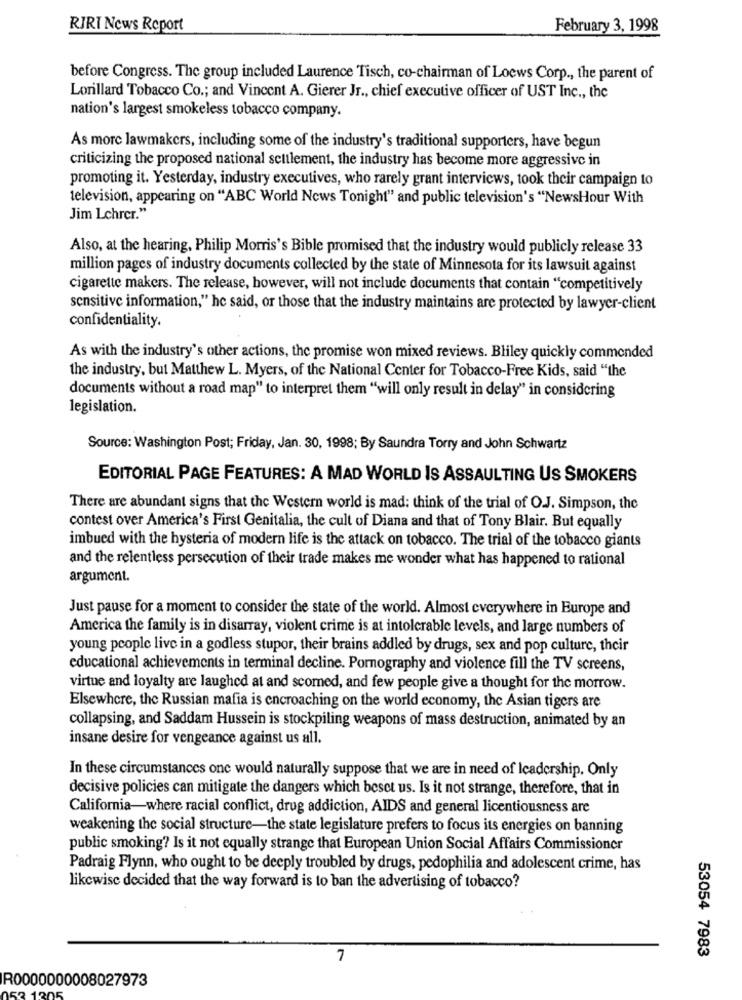
RIRI News Report
February 3, 1998
before Congress. The group included Laurence Tisch, co-chairman of Loews Corp ., the parent of
Lorillard Tobacco Co .; and Vincent A. Gierer Jr ., chief executive officer of UST Inc ., the
nation's largest smokeless tobacco company.
As more lawmakers, including some of the industry's traditional supporters, have begun
criticizing the proposed national settlement, the industry has become more aggressive in
promoting it. Yesterday, industry executives, who rarely grant interviews, took their campaign to
television, appearing on "ABC World News Tonight" and public television's "NewsHour With
Jim Lehrer."
Also, at the hearing, Philip Morris's Bible promised that the industry would publicly release 33
million pages of industry documents collected by the state of Minnesota for its lawsuit against
cigarette makers. The release, however, will not include documents that contain "competitively
sensitive information," he said, or those that the industry maintains are protected by lawyer-client
confidentiality.
As with the industry's other actions, the promise won mixed reviews. Bliley quickly commended
the industry, but Matthew L. Myers, of the National Center for Tobacco-Free Kids, said ""the
documents without a road map" to interpret them "will only result in delay" in considering
legislation.
Source: Washington Post; Friday, Jan. 30, 1998; By Saundra Torry and John Schwartz
EDITORIAL PAGE FEATURES: A MAD WORLD IS ASSAULTING US SMOKERS
There are abundant signs that the Western world is mad: think of the trial of O.J. Simpson, the
contest over America's First Genitalia, the cult of Diana and that of Tony Blair. But equally
imbued with the hysteria of modern life is the attack on tobacco. The trial of the tobacco giants
and the relentless persecution of their trade makes me wonder what has happened to rational
argument.
Just pause for a moment to consider the state of the world. Almost everywhere in Europe and
America the family is in disarray, violent crime is at intolerable levels, and large numbers of
young people live in a godless stupor, their brains addled by drugs, sex and pop culture, their
educational achievements in terminal decline. Pornography and violence fill the TV screens,
virtue and loyalty are laughed at and scomed, and few people give a thought for the morrow.
Elsewhere, the Russian mafia is encroaching on the world economy, the Asian tigers are
collapsing, and Saddam Hussein is stockpiling weapons of mass destruction, animated by an
insane desire for vengeance against us all.
In these circumstances one would naturally suppose that we are in need of leadership. Only
decisive policies can mitigate the dangers which beset us. Is it not strange, therefore, that in
California-where racial conflict, drug addiction, AIDS and general licentiousness are
weakening the social structure-the state legislature prefers to focus its energies on banning
public smoking? Is it not equally strange that European Union Social Affairs Commissioner
Padraig Flynn, who ought to be deeply troubled by drugs, pedophilia and adolescent crime, has
likewise decided that the way forward is to ban the advertising of tobacco?
7
53054 7983
R0000000008027973
120